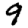
Digit: 9